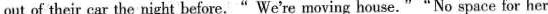
out of their car the night before."We're moving house." "No space for her